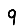
Digit: 9